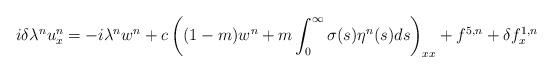
LaTeX: \begin{align*}i\delta\lambda^n u^n_x=-i\lambda^nw^n+c\left((1-m)w^n+m\int_0^{\infty}\sigma(s)\eta^n(s)ds\right)_{xx}+f^{5,n}+\delta f^{1,n}_x\end{align*}